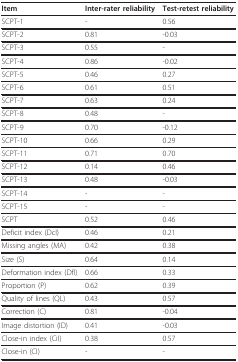
| Item | Inter-rater reliability | Test-retest reliability |
 | --- | --- | --- |
 | SCPT-1 | - | 0.56 |
 | SCPT-2 | 0.81 | -0.03 |
 | SCPT-3 | 0.55 | - |
 | SCPT-4 | 0.86 | -0.02 |
 | SCPT-5 | 0.46 | 0.27 |
 | SCPT-6 | 0.61 | 0.51 |
 | SCPT-7 | 0.63 | 0.24 |
 | SCPT-8 | 0.48 | - |
 | SCPT-9 | 0.70 | -0.12 |
 | SCPT-10 | 0.66 | 0.29 |
 | SCPT-11 | 0.71 | 0.70 |
 | SCPT-12 | 0.14 | 0.46 |
 | SCPT-13 | 0.48 | -0.03 |
 | SCPT-14 | - | - |
 | SCPT-15 | - | - |
 | SCPT | 0.52 | 0.46 |
 | Deficit index (DcI) | 0.46 | 0.21 |
 | Missing angles (MA) | 0.42 | 0.38 |
 | Size (S) | 0.64 | 0.14 |
 | Deformation index (DfI) | 0.66 | 0.33 |
 | Proportion (P) | 0.62 | 0.39 |
 | Quality of lines (QL) | 0.43 | 0.57 |
 | Correction (C) | 0.81 | -0.04 |
 | Image distortion (ID) | 0.41 | -0.03 |
 | Close-in index (CiI) | 0.38 | 0.57 |
 | Close-in (CI) | - | - |